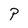
Character: P